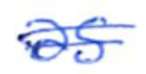
Text: as
Cross-out: double-line
Writing tool: ballpoint